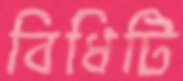
বিধিটি